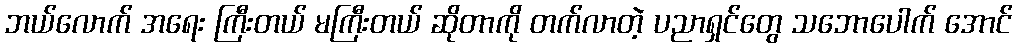
ဘယ်လောက် အရေး ကြီးတယ် မကြီးတယ် ဆိုတာကို တက်လာတဲ့ ပညာရှင်တွေ သဘောပေါက် အောင်